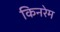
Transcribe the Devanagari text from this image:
किनरेम